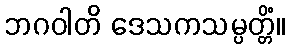
ဘဂဝါတိ ဒေသကသမ္ပတ္တိံ။